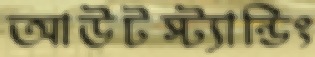
আউটস্ট্যান্ডিং